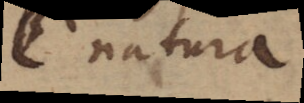
e natura